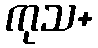
ကုသ+